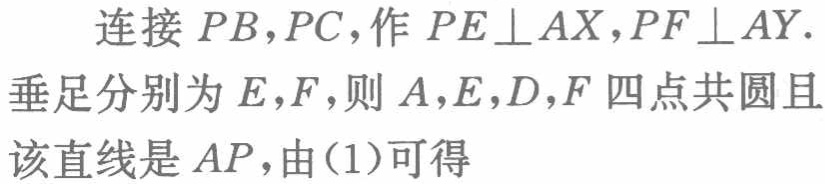
连接 \(PB,PC\)，作 \(PE\perp AX,PF\perp AY\). 垂足分别为 \(E,F\)，则 \(A,E,D,F\) 四点共圆且该直线是 \(AP\)，由(1)可得